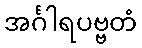
အင်္ဂါရပဗ္ဗတံ